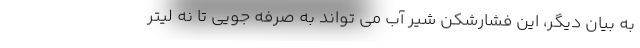
به بیان دیگر، این فشارشکن شیر آب می تواند به صرفه جویی تا نه لیتر